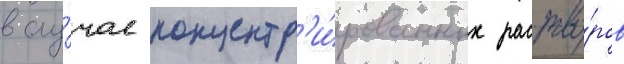
в слу́чае концентр'и́рованных раство́ров